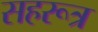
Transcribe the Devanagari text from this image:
सहरूत्र